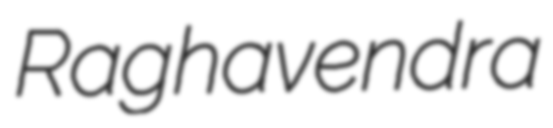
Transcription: Raghavendra